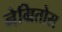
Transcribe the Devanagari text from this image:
नेग्रितोस